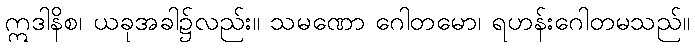
ဣဒါနိစ၊ ယခုအခါ၌လည်း။ သမဏော ဂေါတမော၊ ရဟန်းဂေါတမသည်။